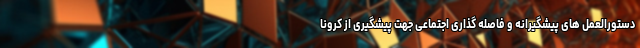
دستورالعمل های پیشگیرانه و فاصله گذاری اجتماعی جهت پیشگیری از کرونا